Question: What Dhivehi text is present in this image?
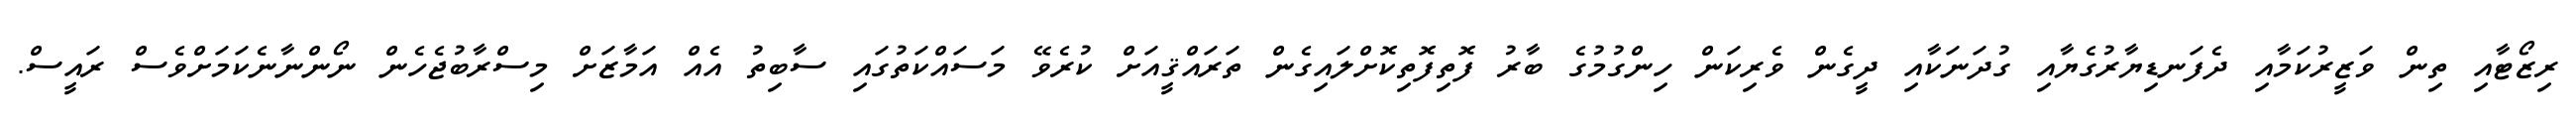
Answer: ރިޒޯޓާއި ތިން ވަޒީރުކަމާއި ދެފަނޑިޔާރުގެޔާއި ގުދަނަކާއި ދީގެން ވެރިކަން ހިންގުމުގެ ބާރު ފޮތިފޮތިކޮށްލައިގެން ތަރައްޤީއަށް ކުރެވޭ މަސައްކަތުގައި ސާބިތު އެއް އަމާޒަށް މިސްރާބުޖެހެން ނޯންނާނެކަމަށްވެސް ރައީސް.